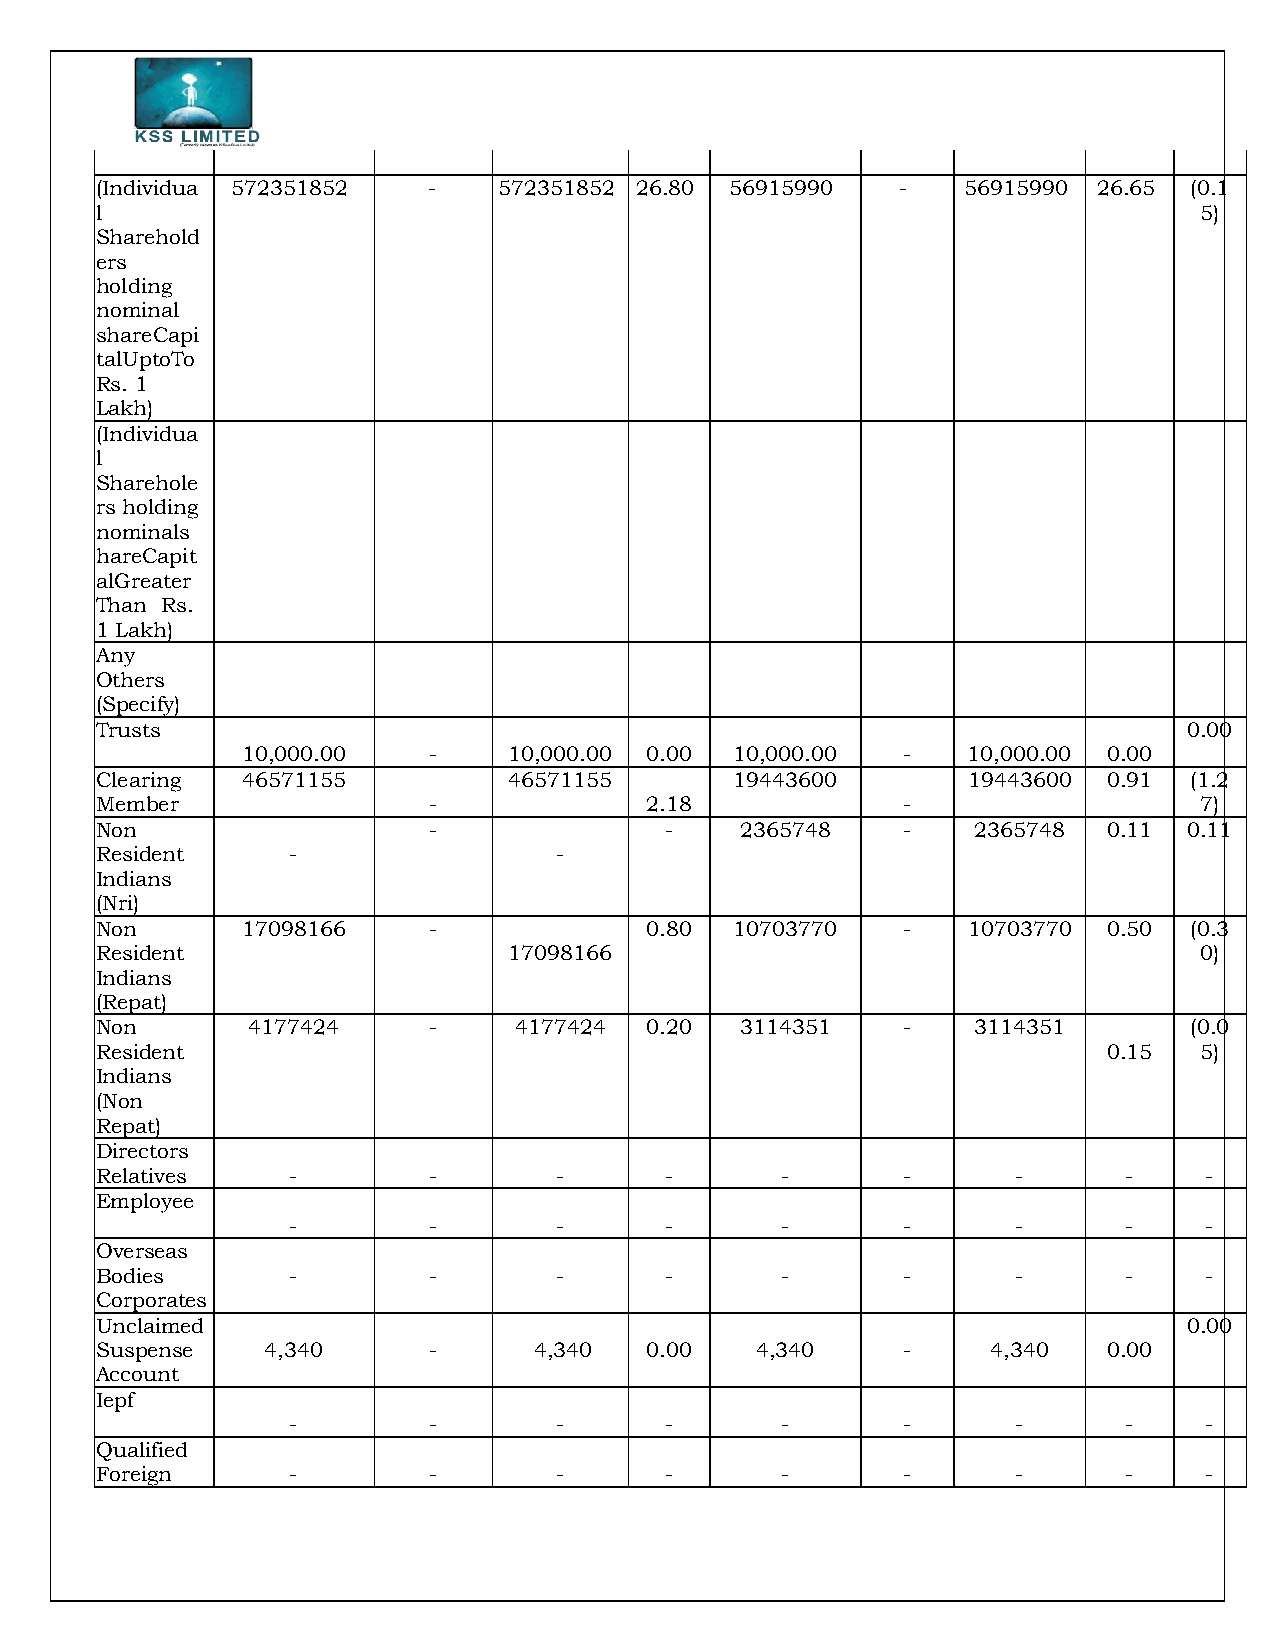
(Individua 572351852  -    572351852 26.80 56915990   -   56915990 26.65 (0.1
 l                                                                        5)
 Sharehold
 ers
 holding
 nominal
 shareCapi
 talUptoTo
 Rs. 1
 Lakh)
 (Individua
 l
 Sharehole
 rs holding
 nominals
 hareCapit
 alGreater
 Than Rs.
 1 Lakh)
 Any
 Others
 (Specify)
 Trusts                                                                   0 . 0 0
 10,000.00   -     10,000.00 0.00 10,000.00  -   10,000.00 0.00
 Clearing  46571155          4 6 5 7 1 1 5 5 1 9 4 4 3 600 1 9 4 4 3 6 0 0 0.91 (1.2
 Member                -              2.18             -                  7)
 Non                   -               -    2365748    -    2365748 0.11  0.11
 Resident     -                 -
 Indians
 (Nri)
 Non       17098166    -              0.80  10703770   -   10703770 0.50  (0.3
 Resident                    17098166                                     0)
 Indians
 (Repat)
 Non       4177424     -     4177424  0.20  3114351    -    3114351       ( 0 . 0
 Resident                                                           0.15  5)
 Indians
 (Non
 Repat)
 Directors
 Relatives    -        -        -      -       -       -      -       -    -
 Employee
 -        -        -      -       -       -      -       -    -
 Overseas
 Bodies       -        -        -      -       -       -      -       -    -
 Corporates
 Unclaimed                                                                0 . 0 0
 Suspense   4,340      -      4,340   0.00   4,340     -     4,340  0.00
 Account
 Iepf
 -        -        -      -       -       -      -       -    -
 Qualified
 Foreign      -        -        -      -       -       -      -       -    -